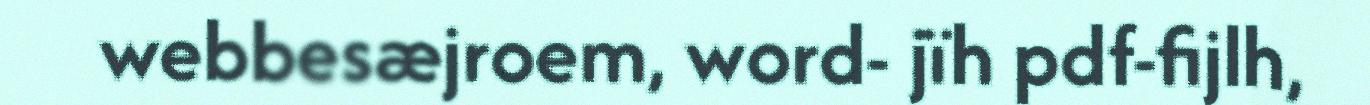
webbesæjroem, word- jïh pdf-fijlh,